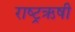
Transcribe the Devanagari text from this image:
राष्ट्रऋषी